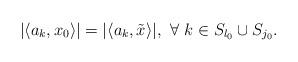
LaTeX: \begin{align*}|\langle a_k,x_0\rangle|=|\langle a_k,\tilde{x}\rangle|, \,\,\forall\,\, k\in S_{l_0}\cup S_{j_0}.\end{align*}